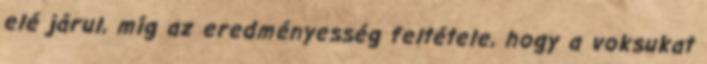
elé járul, míg az eredményesség feltétele, hogy a voksukat